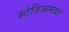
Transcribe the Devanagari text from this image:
स्टेडिअमवर